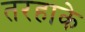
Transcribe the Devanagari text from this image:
तरहाके